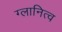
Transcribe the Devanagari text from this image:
ग्लानित्व